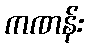
ကဏန်း